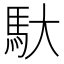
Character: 馱